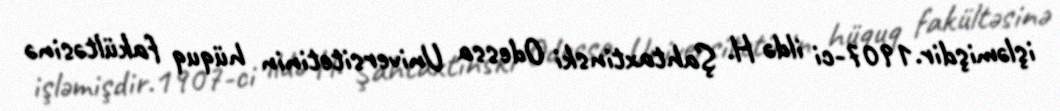
işləmişdir.1907-ci ildə H. Şahtaxtinski Odessa Universitetinin hüquq fakültəsinə